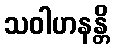
သဝါဟနန္တိ